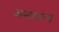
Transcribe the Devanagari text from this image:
अपराजन्य